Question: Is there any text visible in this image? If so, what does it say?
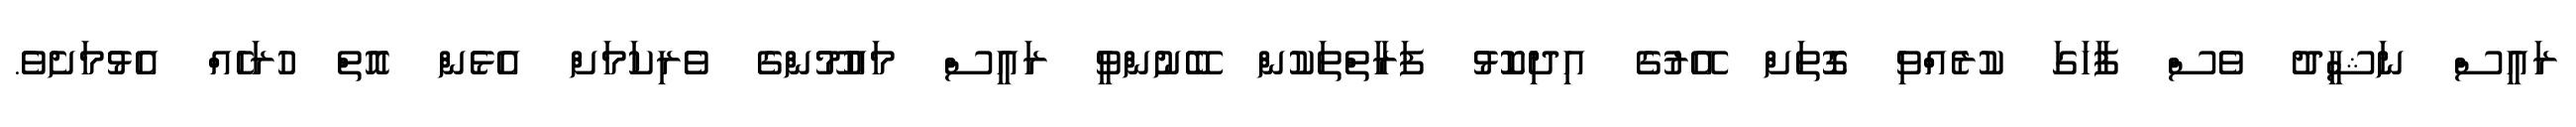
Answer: ރައީސް ނަޝީދު ވެސް ފާހަގަ ކުރެއްވި ގޮތަށް އޭރުގެ އިދިކޮޅު ފަރާތްތަކުން ބޭނުންވީ ރައީސް މައުމޫންގެ ވެރިކަމަށް އެޅެން އޮތް ހުރަހެއް އެޅުމަށެވެ.